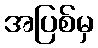
အပြစ်မှ